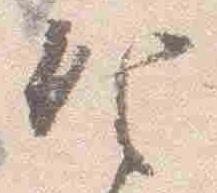
昨